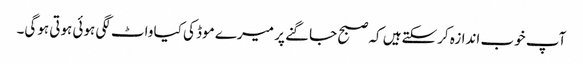
آپ خوب اندازہ کرسکتےہیں کہ صبح جاگنے پر میرے موڈ کی کیا واٹ لگی ہوئی ہوتی ہوگی۔